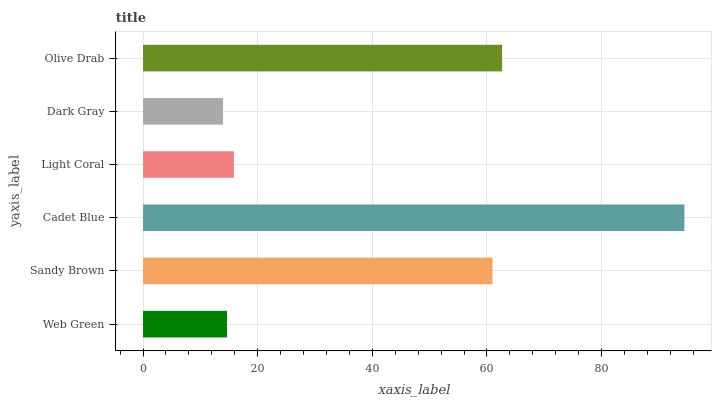
| yaxis_label | bars |
 | --- | --- |
 | Web Green | 14.6 |
 | Sandy Brown | 61 |
 | Cadet Blue | 94.5 |
 | Light Coral | 15.9 |
 | Dark Gray | 14 |
 | Olive Drab | 62.6 |